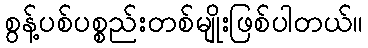
စွန့်ပစ်ပစ္စည်းတစ်မျိုးဖြစ်ပါတယ်။